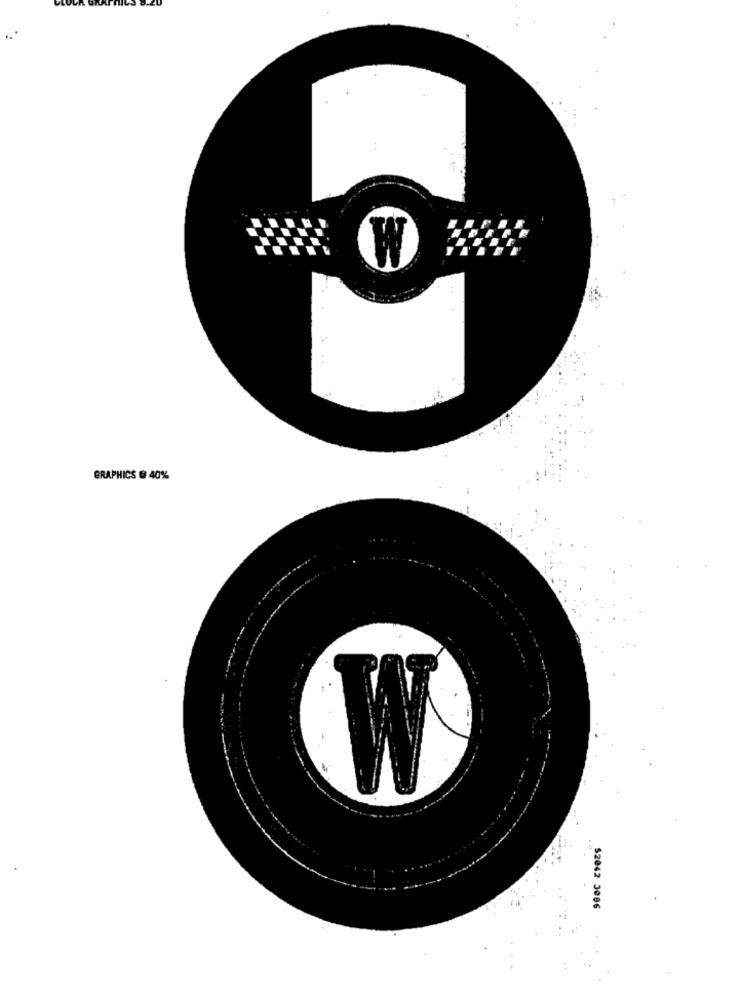
W
GRAPHICS @ 40%
W
$2042 3086